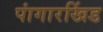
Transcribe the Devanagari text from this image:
पांगारखिंड